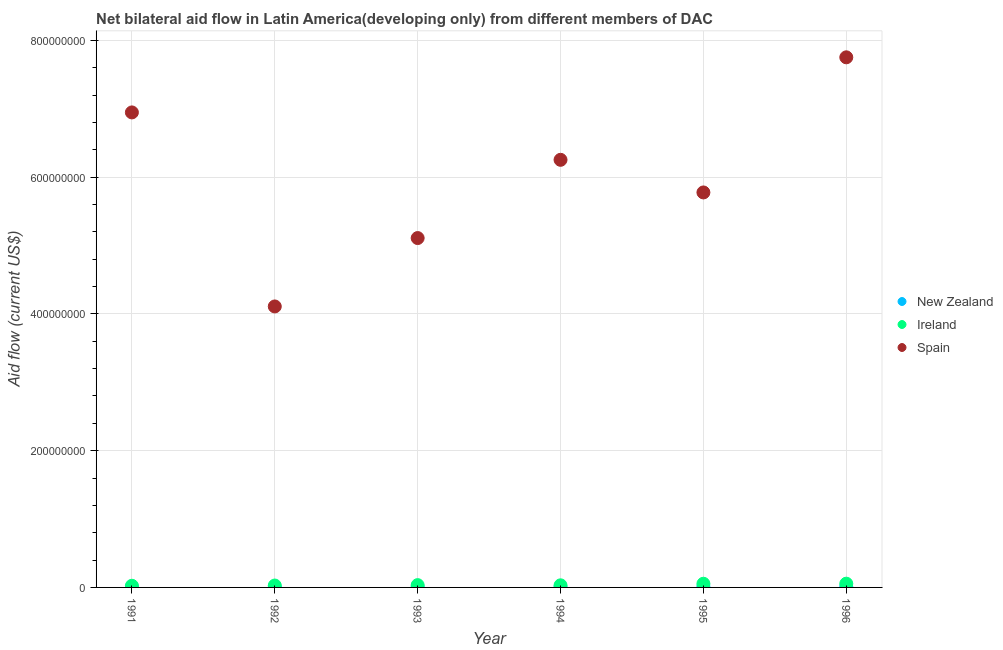
| Year | New Zealand | Ireland | Spain |
 | --- | --- | --- | --- |
 | 1991 | 2.9e+05 | 2.41e+06 | 6.95e+08 |
 | 1992 | 2.6e+05 | 2.78e+06 | 4.11e+08 |
 | 1993 | 4.9e+05 | 3.36e+06 | 5.11e+08 |
 | 1994 | 5.9e+05 | 3.08e+06 | 6.25e+08 |
 | 1995 | 9.4e+05 | 5.38e+06 | 5.78e+08 |
 | 1996 | 8.8e+05 | 5.49e+06 | 7.75e+08 |